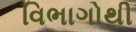
વિભાગોથી